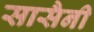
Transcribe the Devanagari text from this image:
सासैनी